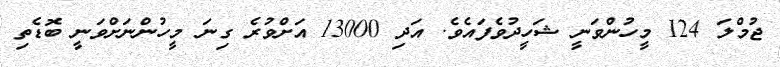
ޖުމްލަ 124 މީހުންވަނީ ޝަހީދުވެފައެވެ. އަދި 13000 އަށްވުރެ ގިނަ މީހުންނަށްވަނީ ބޮޑެތި